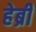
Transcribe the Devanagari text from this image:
हेब्री